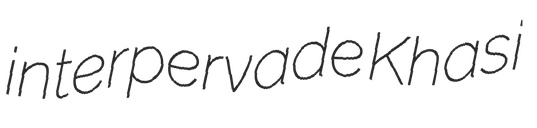
interpervade Khasi